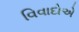
વિવાદોએ